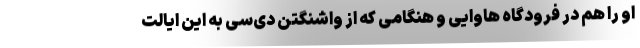
او را هم در فرودگاه هاوایی و هنگامی که از واشنگتن دی‌سی به این ایالت